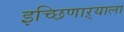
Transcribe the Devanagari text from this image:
इच्छिणाऱ्याला